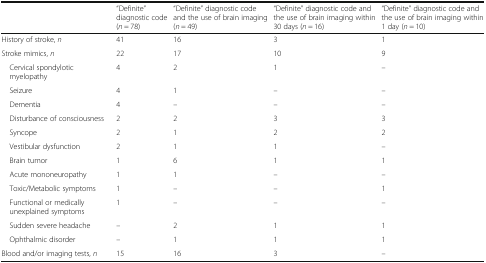
|  | “Definite” diagnostic code (n = 78) | “Definite” diagnostic code and the use of brain imaging (n = 49) | “Definite” diagnostic code and the use of brain imaging within 30 days (n = 16) | “Definite” diagnostic code and the use of brain imaging within 1 day (n = 10) |
 | --- | --- | --- | --- | --- |
 | History of stroke, n | 41 | 16 | 3 | 1 |
 | Stroke mimics, n | 22 | 17 | 10 | 9 |
 | Cervical spondylotic myelopathy | 4 | 2 | 1 | – |
 | Seizure | 4 | 1 | – | – |
 | Dementia | 4 | – | – | – |
 | Disturbance of consciousness | 2 | 2 | 3 | 3 |
 | Syncope | 2 | 1 | 2 | 2 |
 | Vestibular dysfunction | 2 | 1 | 1 | – |
 | Brain tumor | 1 | 6 | 1 | 1 |
 | Acute mononeuropathy | 1 | 1 | – | – |
 | Toxic/Metabolic symptoms | 1 | – | – | 1 |
 | Functional or medically unexplained symptoms | 1 | – | – | – |
 | Sudden severe headache | – | 2 | 1 | 1 |
 | Ophthalmic disorder | – | 1 | 1 | 1 |
 | Blood and/or imaging tests, n | 15 | 16 | 3 | – |